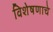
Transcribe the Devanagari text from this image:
विशेषणाचे